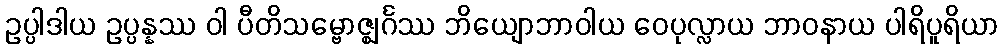
ဥပ္ပါဒါယ ဥပ္ပန္နဿ ဝါ ပီတိသမ္ဗောဇ္ဈင်္ဂဿ ဘိယျောဘာဝါယ ဝေပုလ္လာယ ဘာဝနာယ ပါရိပူရိယာ